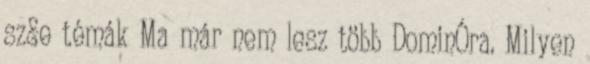
sz&e témák Ma már nem lesz több DominÓra. Milyen